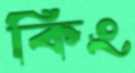
কিং